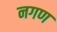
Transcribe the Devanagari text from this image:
नगण